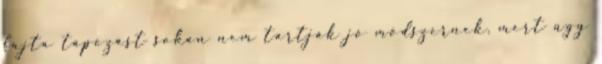
fajta tápozást sokan nem tartják jó módszernek, mert úgy